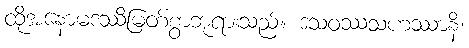
ထိုအနောမဒဿိမြတ်စွာဘုရားသည်။ ဒသဝဿသဟဿာနိ၊